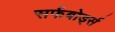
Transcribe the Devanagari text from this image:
सर्फबोर्ड्स